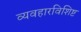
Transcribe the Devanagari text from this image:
व्यवहारविशिष्ट